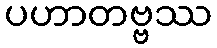
ပဟာတဗ္ဗဿ